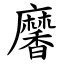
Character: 黁